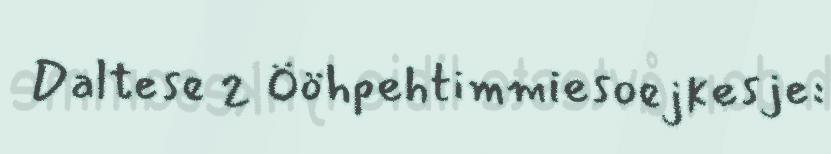
Daltese 2 Ööhpehtimmiesoejkesje: